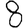
Digit: 8